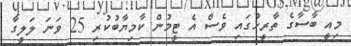
މިއީ ބާސާގެ ތާރީހުގައި ވެސް އެ ޓީމުން ކާމިޔާބުކުރި 25 ވަނަ ލަލީގާ